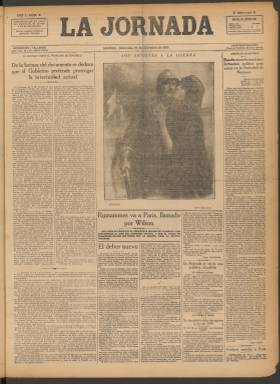
Título: La Jornada (Madrid. 1918)
Colección: Periódicos
Ámbito geográfico: Madrid
Lugar de publicación: Madrid
Fechas: 15/12/1918-26/10/1919